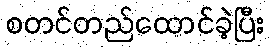
စတင်တည်ထောင်ခဲ့ပြီး